Report on horse surra - Volume I
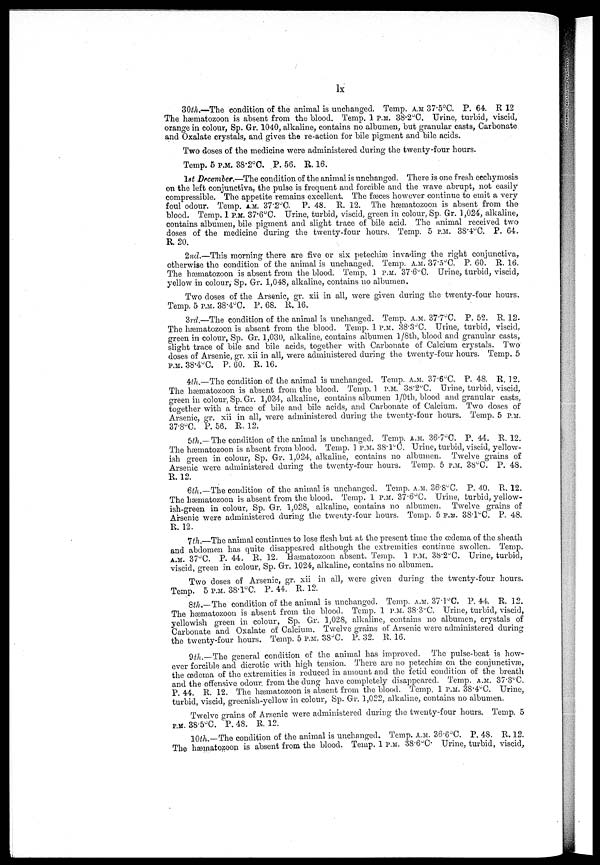
lx
30th.—The condition of the animal is unchanged. Temp. A.M.37.5°C. P. 64. R 12
The hæmatozoon is absent from the blood. Temp. 1 P.M. 38.2°C. Urine, turbid, viscid,
orange in colour, Sp. Gr. 1040, alkaline, contains no albumen, but granular casts, Carbonate
and Oxalate crystals, and gives the re-action for bile pigment and bile acids.
Two doses of the medicine were administered during the twenty-four hours.
Temp. 5 P.M. 38.2°C. P. 56. R. 16.
1st December.—The condition of the animal is unchanged. There is one fresh ecchymosis
on the left conjunctiva, the pulse is frequent and forcible and the wave abrupt, not easily
compressible. The appetite remains excellent. The fæces however continue to emit a very
foul odour. Temp. A.M. 37.2°C. P. 48. R. 12. The hæmatozoon is absent from the
blood. Temp. 1 P.M. 37.6°C. Urine, turbid, viscid, green in colour, Sp. Gr. 1,024, alkaline,
contains albumen, bile pigment and slight trace of bile acid. The animal received two
doses of the medicine during the twenty-four hours. Temp. 5 P.M. 38"4°C. P. 64.
R. 20.
2nd.—This morning there are five or six petechiæ invading the right conjunctiva,
otherwise the condition of the animal is unchanged. Temp. A.M. 37.5°C. P. 60. R. 16.
The hæmatozoon is absent from the blood. Temp. 1 P.M. 37.6°C. Urine, turbid, viscid,
yellow in colour, Sp. Gr. 1,048, alkaline, contains no albumen.
Two doses of the Arsenic, gr. xii in all, were given during the twenty-four hours.
Temp. 5 P.M. 38.4°C. P. 68. R. 16.
3rd.—The condition of the animal is unchanged. Temp. A.M. 37.7°C. P. 52. R. 12.
The hæmatozoon is absent from the blood. Temp. 1 P.M. 38.3°C. Urine, turbid, viscid,
green in colour, Sp. Gr. 1,030, alkaline, contains albumen l/8th, blood and granular casts,
slight trace of bile and bile acids, together with Carbonate of Calcium crystals. Two
doses of Arsenic, gr. xii in all, were administered during the twenty-four hours. Temp. 5
P.M. 38.4°C. P. 60. R. 16.
4th.—The condition of the animal is unchanged. Temp. A.M. 37.6°C. P. 48. R. 12.
The hæmatozoon is absent from the blood. Temp. 1 P.M. 38.2°C. Urine, turbid, viscid,
green in colour, Sp. Gr. 1,034, alkaline, contains albumen l/9th, blood and granular casts,
together with a trace of bile and bile acids, and Carbonate of Calcium. Two doses of
Arsenic, gr. xii in all, were administered during the twenty-four hours. Temp. 5 P.M.
37.8°C. P. 56. R. 12.
5th.—The condition of the animal is unchanged. Temp. A.M. 36.7°C. P. 44. R. 12.
The hæmatozoon is absent from blood. Temp. 1 P.M. 38.l°C. Urine, turbid, viscid, yellow-
ish green in colour, Sp. Gr. 1,024, alkaline, contains no albumen. Twelve grains of
Arsenic were administered during the twenty-four hours. Temp. 5 P.M. 38°C. P. 48.
R. 12.
6th.—The condition of the animal is unchanged. Temp. A.M. 36.8°C. P. 40. R. 12.
The hæmatozoon is absent from the blood. Temp. 1 P.M. 37.6°C. Urine, turbid, yellow-
ish-green in colour, Sp. Gr. 1,028, alkaline, contains no albumen. Twelve grains of
Arsenic were administered during the twenty-four hours. Temp. 5 P.M. 38.l°C. P. 48.
R. 12.
7th.—The animal continues to lose flesh but at the present time the œdema of the sheath
and abdomen has quite disappeared although the extremities continue swollen. Temp.
A.M. 37°C. P. 44. R. 12. Hæmatozoon absent. Temp. 1 P.M. 38.2°C. Urine, turbid,
viscid, green in colour, Sp. Gr. 1024, alkaline, contains no albumen.
Two doses of Arsenic, gr. xii in all, were given during the twenty-four hours.
Temp. 5 P.M. 38.1°C. P. 44. R. 12.
8th.—The condition of the animal is unchanged. Temp. A.M. 37.1°C. P. 44. R. 12.
The hæmatozoon is absent from the blood. Temp. 1 P.M. 38.3°C. Urine, turbid, viscid,
yellowish green in colour, Sp. Gr. 1,028, alkaline, contains no albumen, crystals of
Carbonate and Oxalate of Calcium. Twelve grains of Arsenic were administered during
the twenty-four hours. Temp. 5 P.M. 38°C. P. 32. R. 16.
9th._The general condition of the animal has improved. The pulse-beat is how-
ever forcible and dicrotic with high tension. There are no petechiæ on the conjunctivae,
the œdema of the extremities is reduced in amount and the fetid condition of the breath
and the offensive odour from the dung have completely disappeared. Temp. A.M. 37.3°C.
P. 44. R. 12. The hæmatozoon is absent from the blood. Temp. 1 P.M. 38.4°C. Urine,
turbid, viscid, greenish-yellow in colour, Sp. Gr. 1,022, alkaline, contains no albumen.
Twelve grains of Arsenic were administered during the twenty-four hours. Temp. 5
P.M. 38.5°C. P. 48. R. 12.
10th.—The condition of the animal is unchanged. Temp. A.M. 36.6°C. P. 48. R. 12.
The hæmatozoon is absent from the blood. Temp. 1 P.M. 38.6°C. Urine, turbid, viscid,